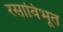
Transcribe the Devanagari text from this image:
रसाविभूत